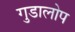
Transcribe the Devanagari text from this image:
गुडालोप